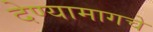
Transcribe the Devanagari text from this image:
देण्यामागचे